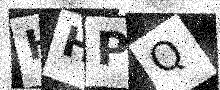
Text: HHPQ